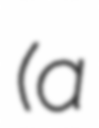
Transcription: (a